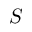
S